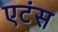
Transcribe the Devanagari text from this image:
एटंस